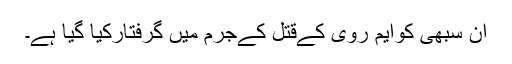
ان سبھی کوایم روی کےقتل کےجرم میں گرفتارکیا گیا ہے۔